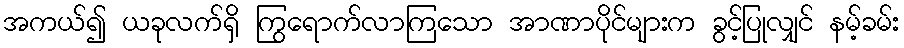
အကယ်၍ ယခုလက်ရှိ ကြွရောက်လာကြသော အာဏာပိုင်များက ခွင့်ပြုလျှင် နမ့်ခမ်း